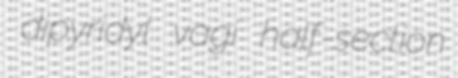
dipyridyl vagi half-section